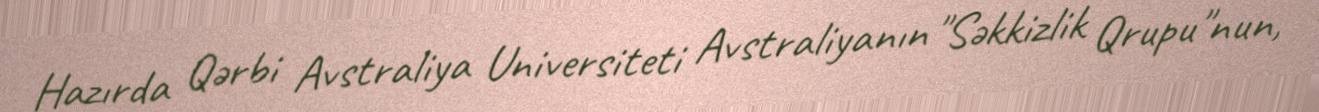
Hazırda Qərbi Avstraliya Universiteti Avstraliyanın "Səkkizlik Qrupu"nun,